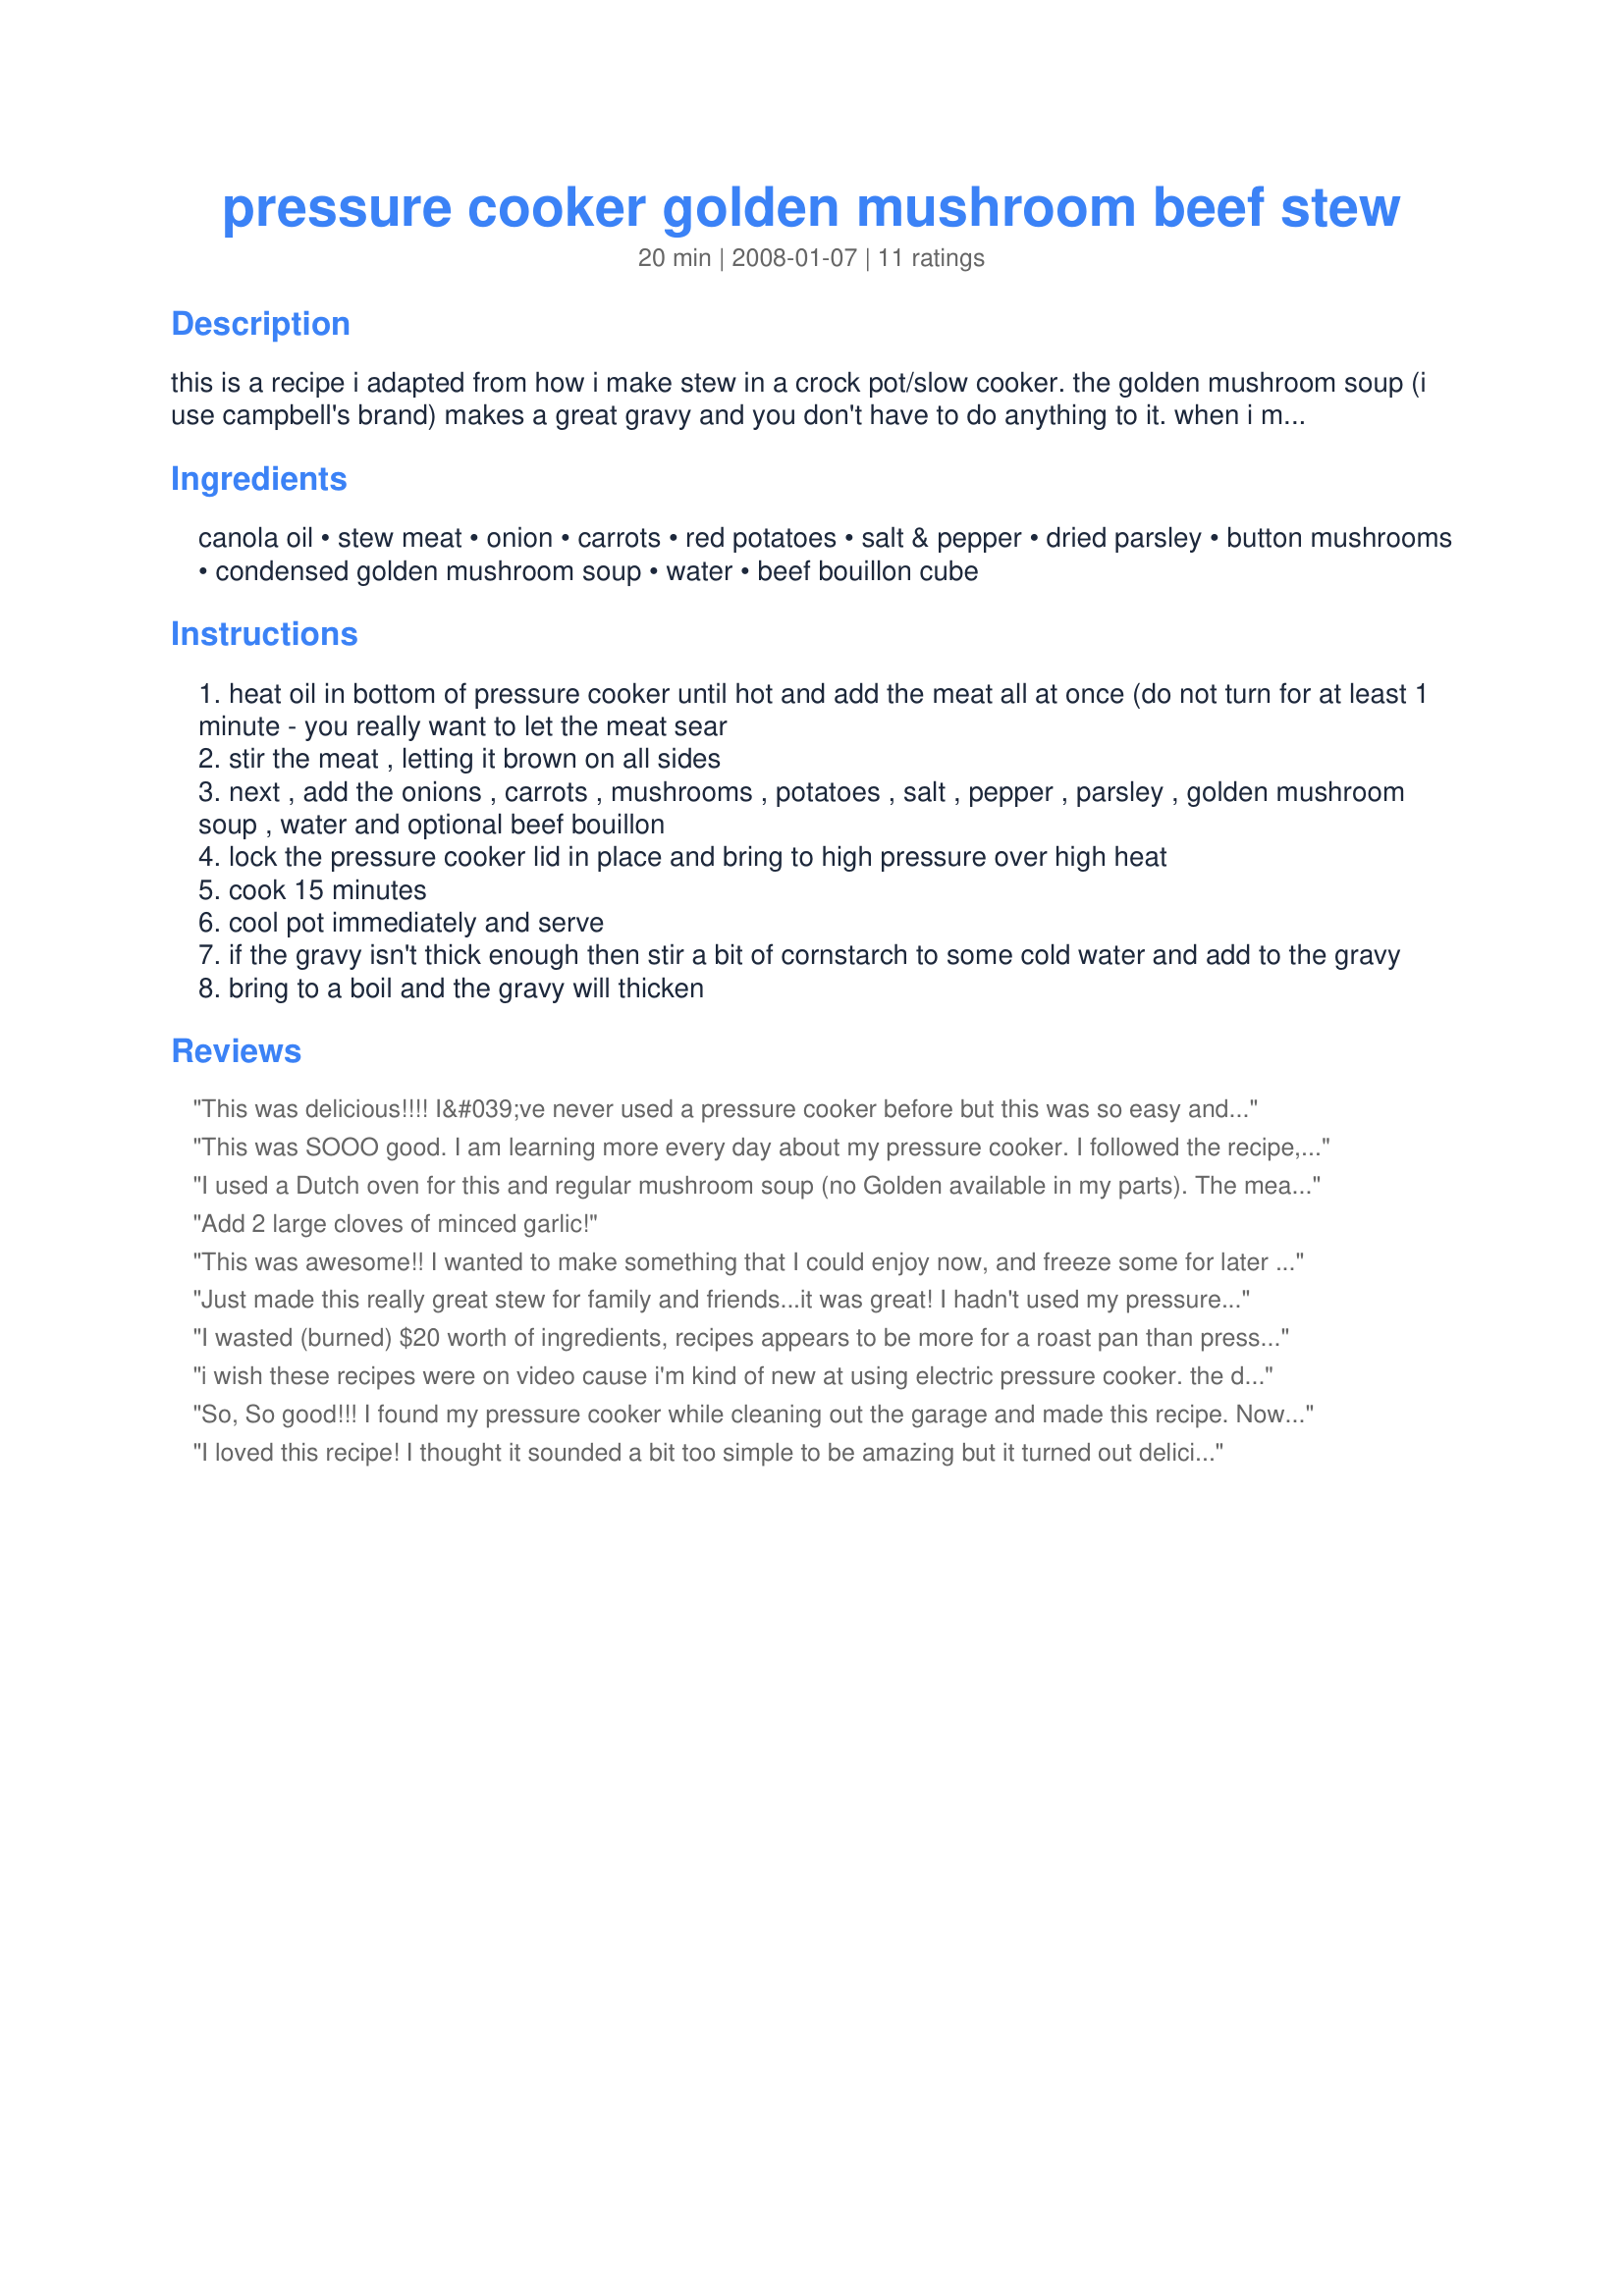
pressure cooker golden mushroom beef stew
Preparation time: 20 minutes

this is a recipe i adapted from how i make stew in a crock pot/slow cooker. the golden mushroom soup (i use campbell's brand) makes a great gravy and you don't have to do anything to it. when i make it in the crock pot i don't even add water, i just use 2 cans of soup. the juice from the meat is enough liquid to make a great gravy. my family loves the taste and it is so easy!

Ingredients:
canola oil, stew meat, onion, carrots, red potatoes, salt & pepper, dried parsley, button mushrooms, condensed golden mushroom soup, water, beef bouillon cube

Steps:
heat oil in bottom of pressure cooker until hot and add the meat all at once (do not turn for at least 1 minute - you really want to let the meat sear
stir the meat , letting it brown on all sides
next , add the onions , carrots , mushrooms , potatoes , salt , pepper , parsley , golden mushroom soup , water and optional beef bouillon
lock the pressure cooker lid in place and bring to high pressure over high heat
cook 15 minutes
cool pot immediately and serve
if the gravy isn't thick enough then stir a bit of cornstarch to some cold water and add to the gravy
bring to a boil and the gravy will thicken

Reviews:
This was delicious!!!! I&#039;ve never used a pressure cooker before but this was so easy and tasted so good.
This was SOOO good. I am learning more every day about my pressure cooker. I followed the recipe, adding a splash of red wine and some garlic cloves. My husband raved about it, Used the little potatoes and thickened the gravy at the end, also adding some peas. Wonderful!!!
I used a Dutch oven for this and regular mushroom soup (no Golden available in my parts). The meat was very tender and the stew flavorful. DH loved it! It was cooked about an hour and a half with the spuds added in the last 20 mins. Kudos for making a Happy Hubby for me.
Add 2 large cloves of minced garlic!
This was awesome!! I wanted to make something that I could enjoy now, and freeze some for later and this was a great recipe. Very tasty. I did have to thicken it up with cornstarch at the end, but it was great (I like my stew very thick!) Try this you will be very pleased!
Just made this really great stew for family and friends...it was great! I hadn't used my pressure cooker in a couple of years and was looking forward to trying again. So simple (not scary). I did change a couple of things, though: I didn't use as many carrots:only used 3 for 5 people (cooked carrots have a stronger flavor, and tends to overpower things to me), and added more mushrooms because I love them. I used low salt beef broth for the water and the bouillion. I think I will try wine next time for a surprise... Again, a really great meal with salad, fresh rolls and ambrosia salad for dessert...
I wasted (burned) $20 worth of ingredients, recipes appears to be more for a roast pan than pressure cooker.
i wish these recipes were on video cause i'm kind of new at using electric pressure cooker. the directions are easy but when asks you to Heat oil in bottom of pressure cooker until hot and add the meat all at once (do not turn for at least 1 minute - you really want to let the meat sea. which setting do you set the pressure cooker on.
So, So good!!! I found my pressure cooker while cleaning out the garage and made this recipe. Now I will be using it regularly if I find recipes as good as this one. Thanks, FoggyBlonde!!!
I loved this recipe! I thought it sounded a bit too simple to be amazing but it turned out delicious. It was my first attempt at pressure cooking and what a success. I substituted canned soup for powdered soup with 1 litre of water mixed and came out great. Thanks for the recipe.
Easy to follow instructions. Everything turned out perfect and it was full of flavor. I'm going to send this to a friend who's been looking for a great stew recipe. Mahalo : )
